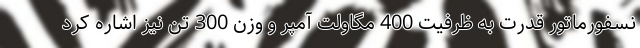
نسفورماتور قدرت به ظرفیت 400 مگاولت آمپر و وزن 300 تن نیز اشاره کرد